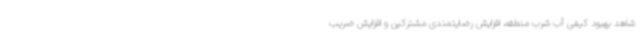
شاهد بهبود کیفی آب شرب منطقه، افزایش رضایتمندی مشترکین و افزایش ضریب